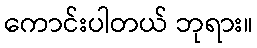
ကောင်းပါတယ် ဘုရား။